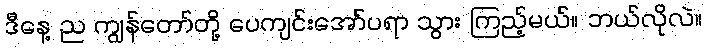
ဒီနေ့ ည ကျွန်တော်တို့ ပေကျင်းအော်ပရာ သွား ကြည့်မယ်။ ဘယ်လိုလဲ။